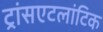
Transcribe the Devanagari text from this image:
ट्रांसएटलांटिक